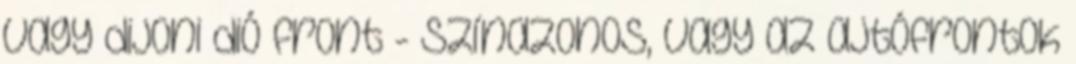
vagy dijoni dió front - színazonos, vagy az ajtófrontok